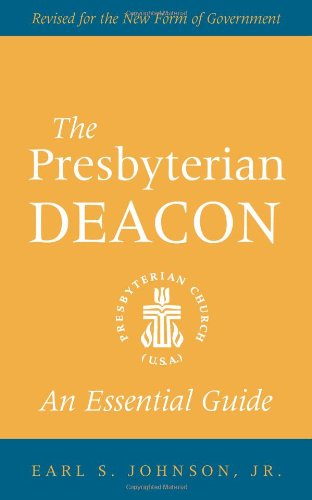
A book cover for The Presbyterian Deacon: An Essential Guide, Revised for the New Form of Government; Jr.  Earl S. Johnson; Christian Books & Bibles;